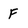
Character: F